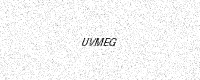
Text: UVMEG